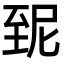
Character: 𦤽